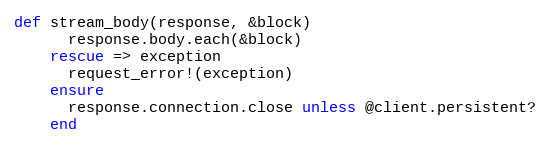
Language: Ruby
def stream_body(response, &block)
      response.body.each(&block)
    rescue => exception
      request_error!(exception)
    ensure
      response.connection.close unless @client.persistent?
    end